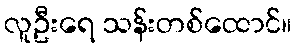
လူဦးရေ သန်းတစ်ထောင်။